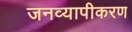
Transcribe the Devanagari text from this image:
जनव्यापीकरण